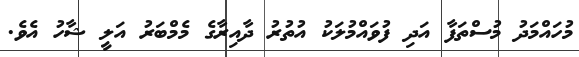
މުހައްމަދު މުސްތަފާ އަދި ފުވައްމުލަކު އުތުރު ދާއިރާގެ މެމްބަރު އަލީ ޝާހު އެވެ.